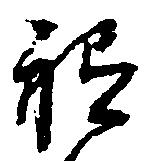
祗